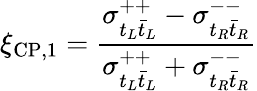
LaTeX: \xi_{\mathrm{CP,1}}=\frac{\sigma_{t_{L}\bar{t}_{L}}^{++}-\sigma_{t_{R}\bar{t}_{R}}^{--}}{\sigma_{t_{L}\bar{t}_{L}}^{++}+\sigma_{t_{R}\bar{t}_{R}}^{--}}